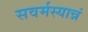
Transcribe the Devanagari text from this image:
सवर्मस्यान्नं